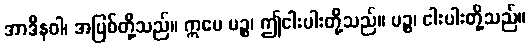
အာဒီနဝါ၊ အပြစ်တို့သည်။ ဣမေ ပဉ္စ၊ ဤငါးပါးတို့သည်။ ပဉ္စ၊ ငါးပါးတို့သည်။